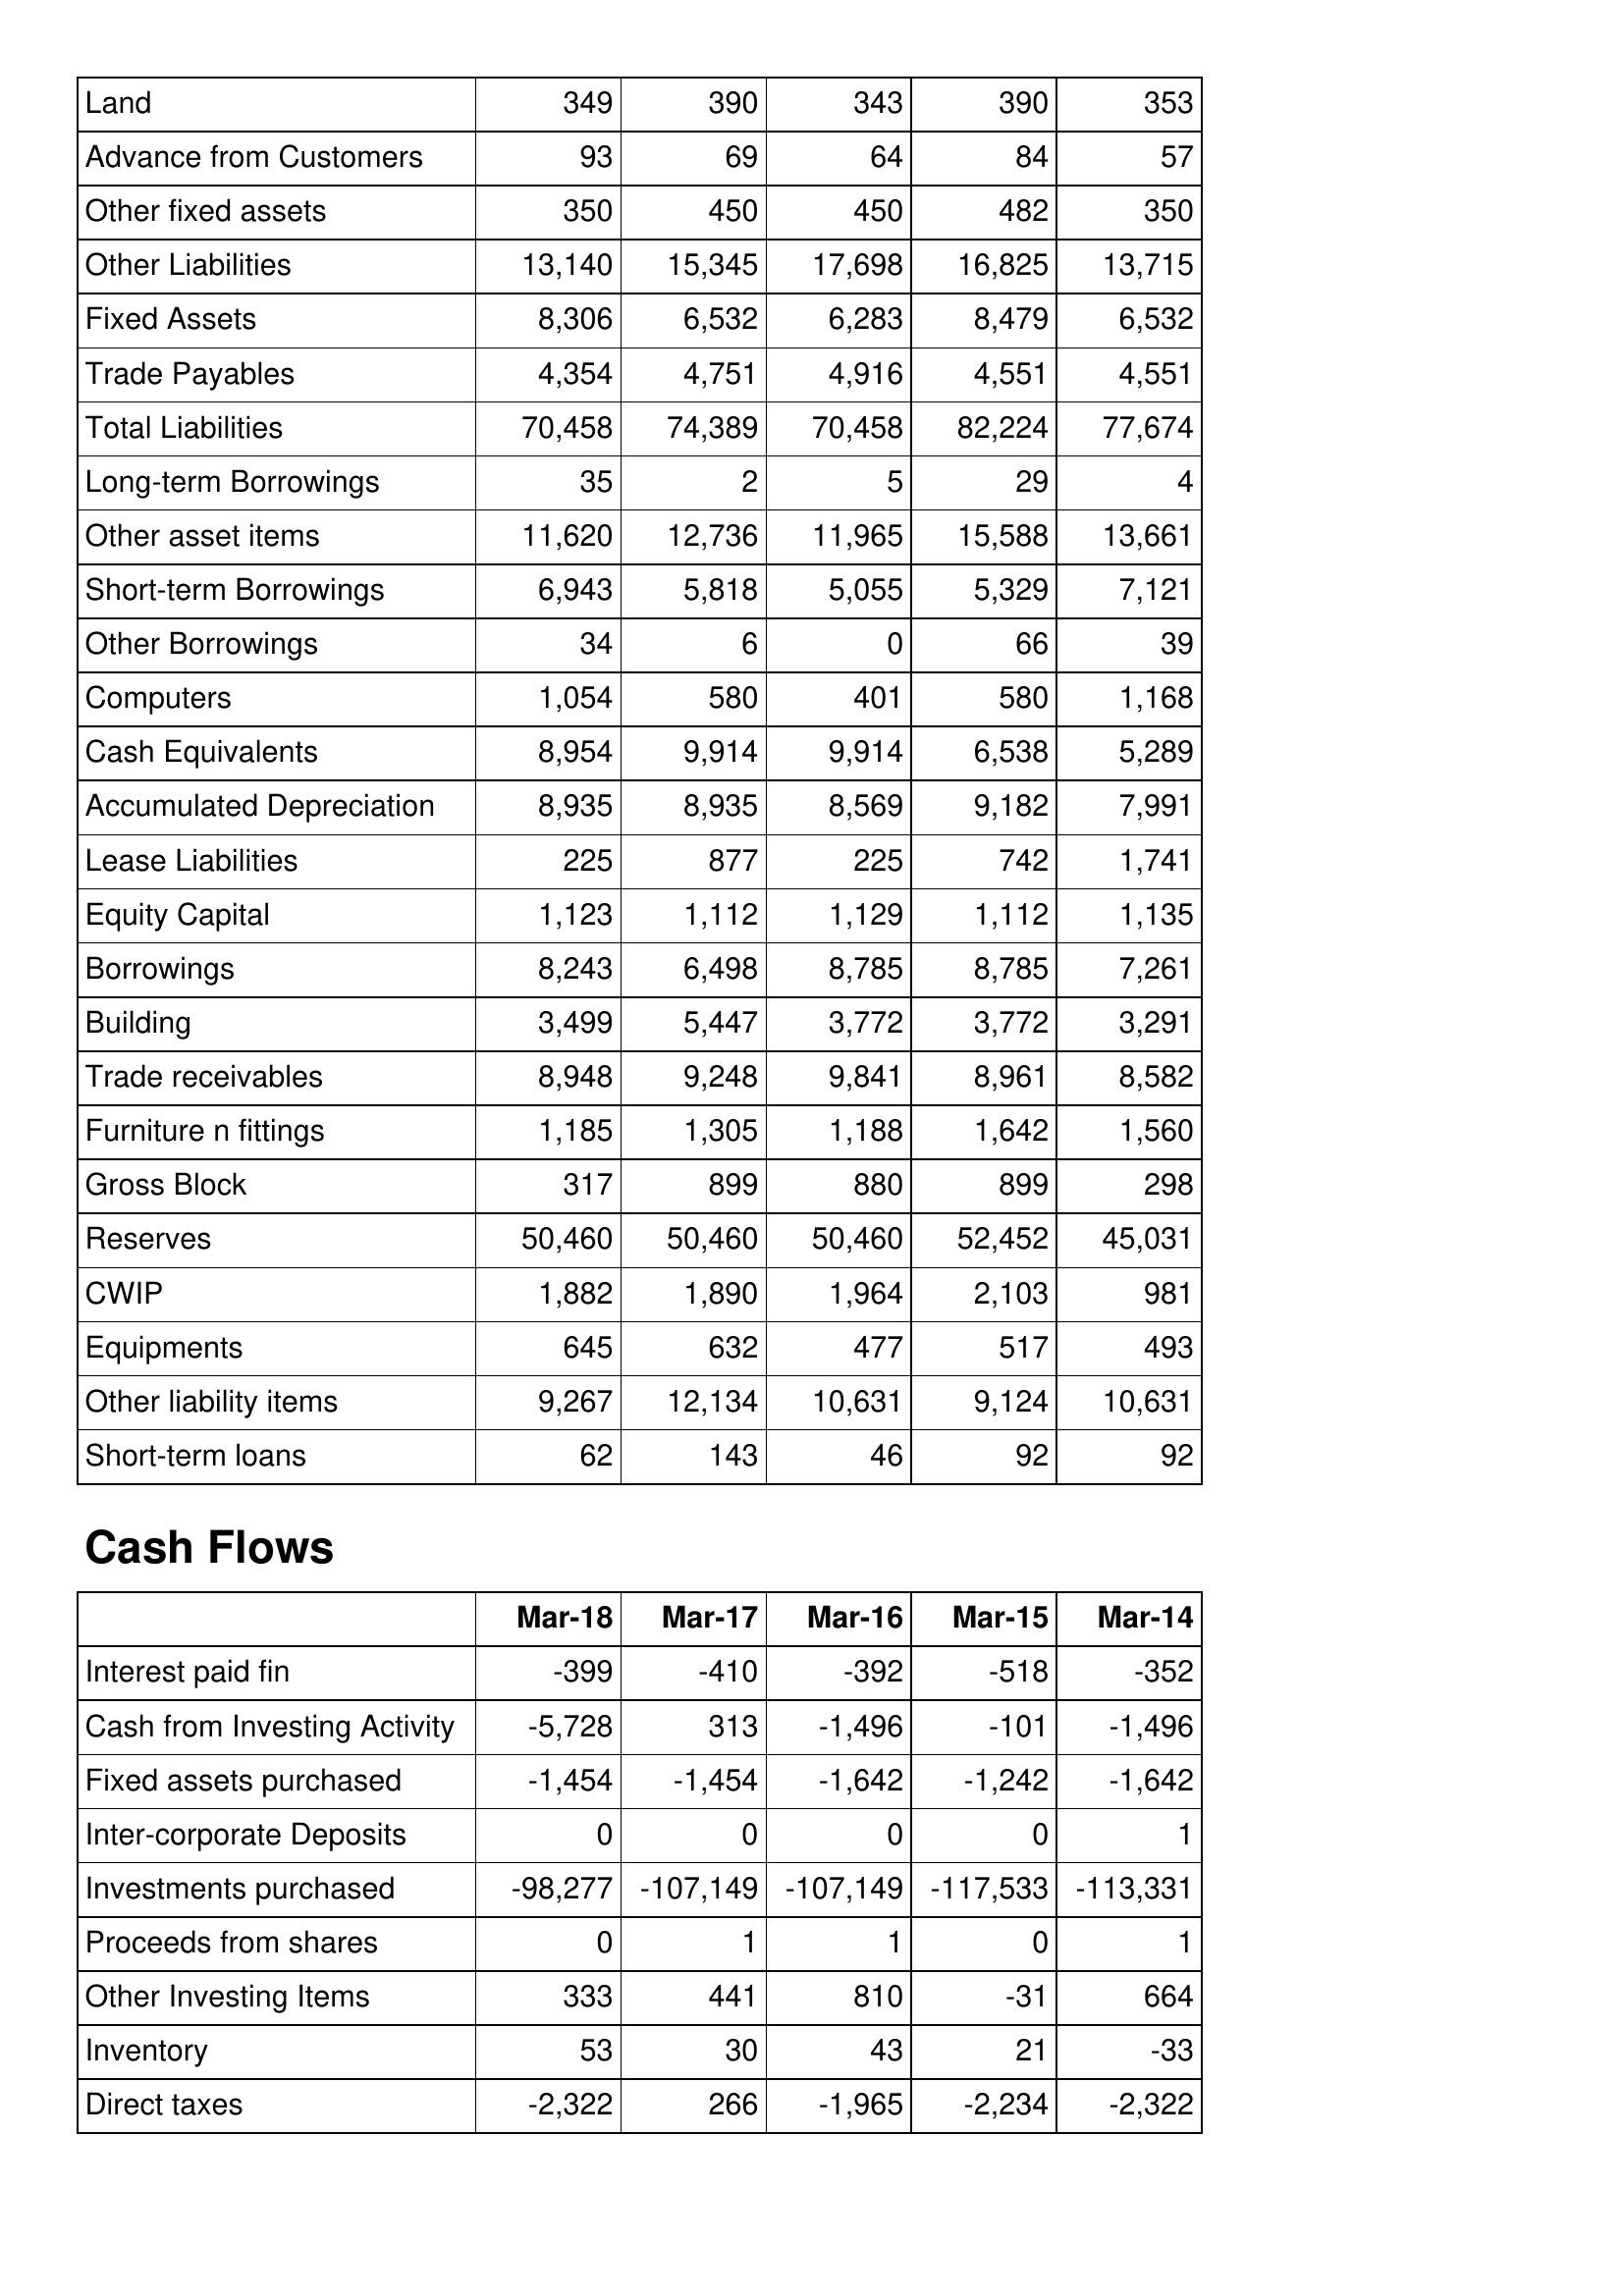
Mar-18: Balance Sheet: Land: 349
Advance from Customers: 93
Other fixed assets: 350
Other Liabilities: 13,140
Fixed Assets: 8,306
Trade Payables: 4,354
Total Liabilities: 70,458
Long-term Borrowings: 35
Other asset items: 11,620
Short-term Borrowings: 6,943
Other Borrowings: 34
Computers: 1,054
Cash Equivalents: 8,954
Accumulated Depreciation: 8,935
Lease Liabilities: 225
Equity Capital: 1,123
Borrowings: 8,243
Building: 3,499
Trade receivables: 8,948
Furniture n fittings: 1,185
Gross Block: 317
Reserves: 50,460
CWIP: 1,882
Equipments: 645
Other liability items: 9,267
Short-term loans: 62
Cash Flows: Interest paid fin: -399
Cash from Investing Activity: -5,728
Fixed assets purchased: -1,454
Inter-corporate Deposits: 0
Investments purchased: -98,277
Proceeds from shares: 0
Other Investing Items: 333
Inventory: 53
Direct taxes: -2,322
Mar-17: Balance Sheet: Land: 390
Advance from Customers: 69
Other fixed assets: 450
Other Liabilities: 15,345
Fixed Assets: 6,532
Trade Payables: 4,751
Total Liabilities: 74,389
Long-term Borrowings: 2
Other asset items: 12,736
Short-term Borrowings: 5,818
Other Borrowings: 6
Computers: 580
Cash Equivalents: 9,914
Accumulated Depreciation: 8,935
Lease Liabilities: 877
Equity Capital: 1,112
Borrowings: 6,498
Building: 5,447
Trade receivables: 9,248
Furniture n fittings: 1,305
Gross Block: 899
Reserves: 50,460
CWIP: 1,890
Equipments: 632
Other liability items: 12,134
Short-term loans: 143
Cash Flows: Interest paid fin: -410
Cash from Investing Activity: 313
Fixed assets purchased: -1,454
Inter-corporate Deposits: 0
Investments purchased: -107,149
Proceeds from shares: 1
Other Investing Items: 441
Inventory: 30
Direct taxes: 266
Mar-16: Balance Sheet: Land: 343
Advance from Customers: 64
Other fixed assets: 450
Other Liabilities: 17,698
Fixed Assets: 6,283
Trade Payables: 4,916
Total Liabilities: 70,458
Long-term Borrowings: 5
Other asset items: 11,965
Short-term Borrowings: 5,055
Other Borrowings: 0
Computers: 401
Cash Equivalents: 9,914
Accumulated Depreciation: 8,569
Lease Liabilities: 225
Equity Capital: 1,129
Borrowings: 8,785
Building: 3,772
Trade receivables: 9,841
Furniture n fittings: 1,188
Gross Block: 880
Reserves: 50,460
CWIP: 1,964
Equipments: 477
Other liability items: 10,631
Short-term loans: 46
Cash Flows: Interest paid fin: -392
Cash from Investing Activity: -1,496
Fixed assets purchased: -1,642
Inter-corporate Deposits: 0
Investments purchased: -107,149
Proceeds from shares: 1
Other Investing Items: 810
Inventory: 43
Direct taxes: -1,965
Mar-15: Balance Sheet: Land: 390
Advance from Customers: 84
Other fixed assets: 482
Other Liabilities: 16,825
Fixed Assets: 8,479
Trade Payables: 4,551
Total Liabilities: 82,224
Long-term Borrowings: 29
Other asset items: 15,588
Short-term Borrowings: 5,329
Other Borrowings: 66
Computers: 580
Cash Equivalents: 6,538
Accumulated Depreciation: 9,182
Lease Liabilities: 742
Equity Capital: 1,112
Borrowings: 8,785
Building: 3,772
Trade receivables: 8,961
Furniture n fittings: 1,642
Gross Block: 899
Reserves: 52,452
CWIP: 2,103
Equipments: 517
Other liability items: 9,124
Short-term loans: 92
Cash Flows: Interest paid fin: -518
Cash from Investing Activity: -101
Fixed assets purchased: -1,242
Inter-corporate Deposits: 0
Investments purchased: -117,533
Proceeds from shares: 0
Other Investing Items: -31
Inventory: 21
Direct taxes: -2,234
Mar-14: Balance Sheet: Land: 353
Advance from Customers: 57
Other fixed assets: 350
Other Liabilities: 13,715
Fixed Assets: 6,532
Trade Payables: 4,551
Total Liabilities: 77,674
Long-term Borrowings: 4
Other asset items: 13,661
Short-term Borrowings: 7,121
Other Borrowings: 39
Computers: 1,168
Cash Equivalents: 5,289
Accumulated Depreciation: 7,991
Lease Liabilities: 1,741
Equity Capital: 1,135
Borrowings: 7,261
Building: 3,291
Trade receivables: 8,582
Furniture n fittings: 1,560
Gross Block: 298
Reserves: 45,031
CWIP: 981
Equipments: 493
Other liability items: 10,631
Short-term loans: 92
Cash Flows: Interest paid fin: -352
Cash from Investing Activity: -1,496
Fixed assets purchased: -1,642
Inter-corporate Deposits: 1
Investments purchased: -113,331
Proceeds from shares: 1
Other Investing Items: 664
Inventory: -33
Direct taxes: -2,322